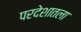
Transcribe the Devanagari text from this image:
परदेशातला